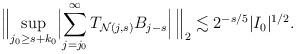
LaTeX: \begin{align*} \Bigl\lVert \sup _{j_0 \geq s+k_0} \Bigl\lvert \sum_{j = j_0} ^{\infty } T _{\mathcal N (j,s)} B _{j-s}\Bigr\rvert\, \Bigr\rVert_2 \lesssim 2 ^{-s/5} |I_0|^{1/2}. \end{align*}